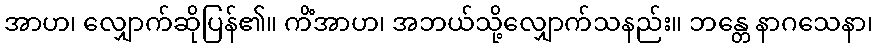
အာဟ၊ လျှောက်ဆိုပြန်၏။ ကိံအာဟ၊ အဘယ်သို့လျှောက်သနည်း။ ဘန္တေ နာဂသေနာ၊